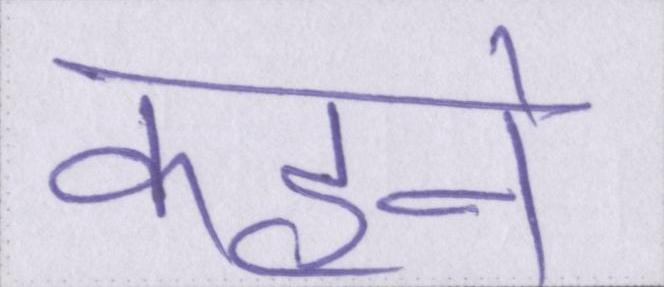
कहने